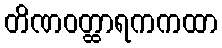
တိဏဝတ္ထာရကကထာ